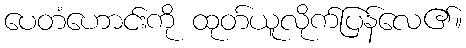
ပေတံဟောင်းကို ထုတ်ယူလိုက်ပြန်လေ၏။